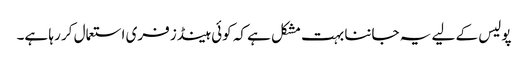
پولیس کے لیے یہ جاننا بہت مشکل ہے کہ کوئی ہینڈز فری استعمال کر رہا ہے۔